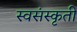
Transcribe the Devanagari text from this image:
स्वसंस्कृती